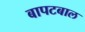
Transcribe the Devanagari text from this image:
बापटबाल